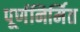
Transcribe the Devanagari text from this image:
पूर्णनिर्मित